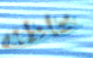
خاطئه